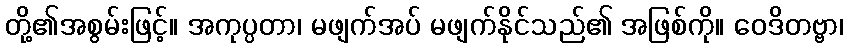
တို့၏အစွမ်းဖြင့်။ အကုပ္ပတာ၊ မဖျက်အပ် မဖျက်နိုင်သည်၏ အဖြစ်ကို။ ဝေဒိတဗ္ဗာ၊